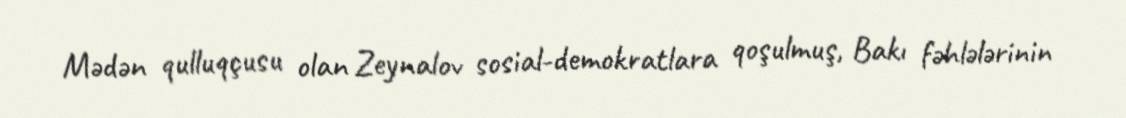
Mədən qulluqçusu olan Zeynalov sosial-demokratlara qoşulmuş, Bakı fəhlələrinin